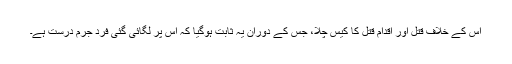
اس کے خلاف قتل اور اقدامِ قتل کا کیس چلا، جس کے دوران یہ ثابت ہوگیا کہ اس پر لگائی گئی فردِ جرم درست ہے۔